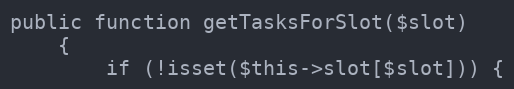
Language: PHP
public function getTasksForSlot($slot)
    {
        if (!isset($this->slot[$slot])) {